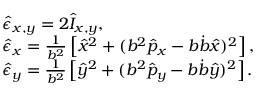
\begin{array} { r l } & { \hat { \epsilon } _ { x , y } = 2 \hat { I } _ { x , y } , } \\ & { \hat { \epsilon } _ { x } = \frac { 1 } { b ^ { 2 } } \left[ \hat { x } ^ { 2 } + ( b ^ { 2 } \hat { p } _ { x } - b \dot { b } \hat { x } ) ^ { 2 } \right] , } \\ & { \hat { \epsilon } _ { y } = \frac { 1 } { b ^ { 2 } } \left[ \hat { y } ^ { 2 } + ( b ^ { 2 } \hat { p } _ { y } - b \dot { b } \hat { y } ) ^ { 2 } \right] . } \end{array}